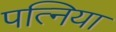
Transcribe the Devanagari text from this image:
पत्निया